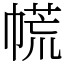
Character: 㡛